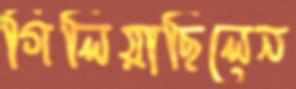
গিলিয়াছিলেন